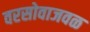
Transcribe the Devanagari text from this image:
वरसोवाजवळ